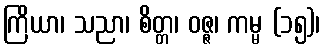
ကြိယာ၊ သညာ၊ စိတ္တ၊ ဝဇ္ဇ၊ ကမ္မ (၁၅)၊